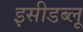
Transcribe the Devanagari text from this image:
इसीडब्लू